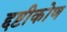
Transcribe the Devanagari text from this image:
द्दष्टीकोण